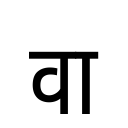
OCR:
वा